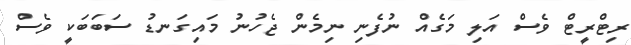
ރިޓްރީޓް ވެސް އަލި މަގެއް ނުފެނި ނިމެން ޖެހުނު މައިގަނޑު ސަބަބަކީ ވެސް